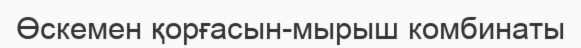
Өскемен қорғасын-мырыш комбинаты